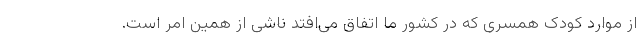
از موارد کودک همسری که در کشور ما اتفاق می‌افتد ناشی از همین امر است.